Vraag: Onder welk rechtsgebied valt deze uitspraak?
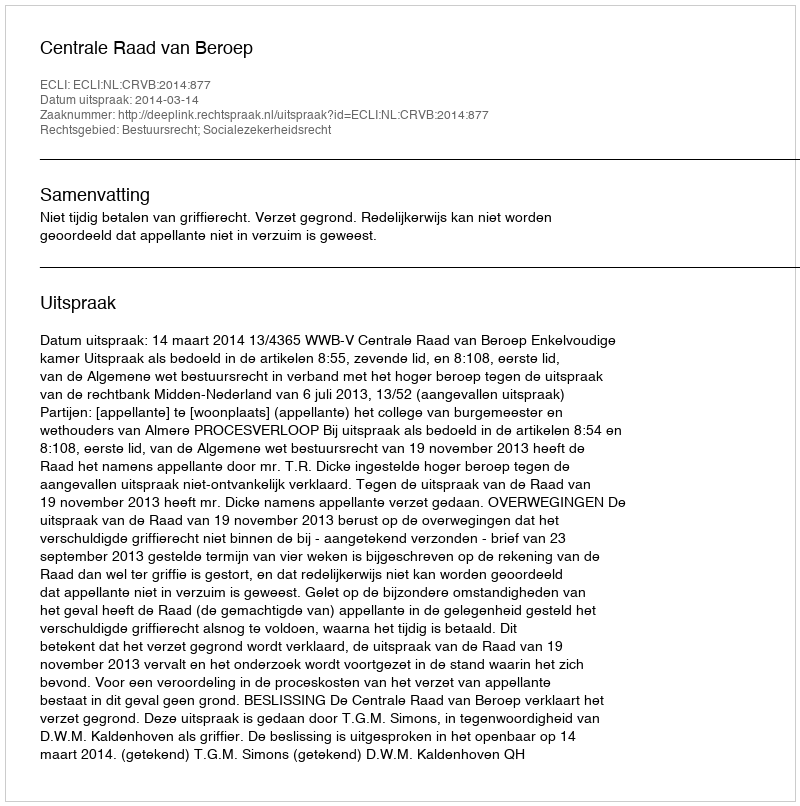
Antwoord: Bestuursrecht; Socialezekerheidsrecht